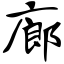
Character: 廊